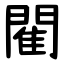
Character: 閵